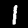
Digit: 1